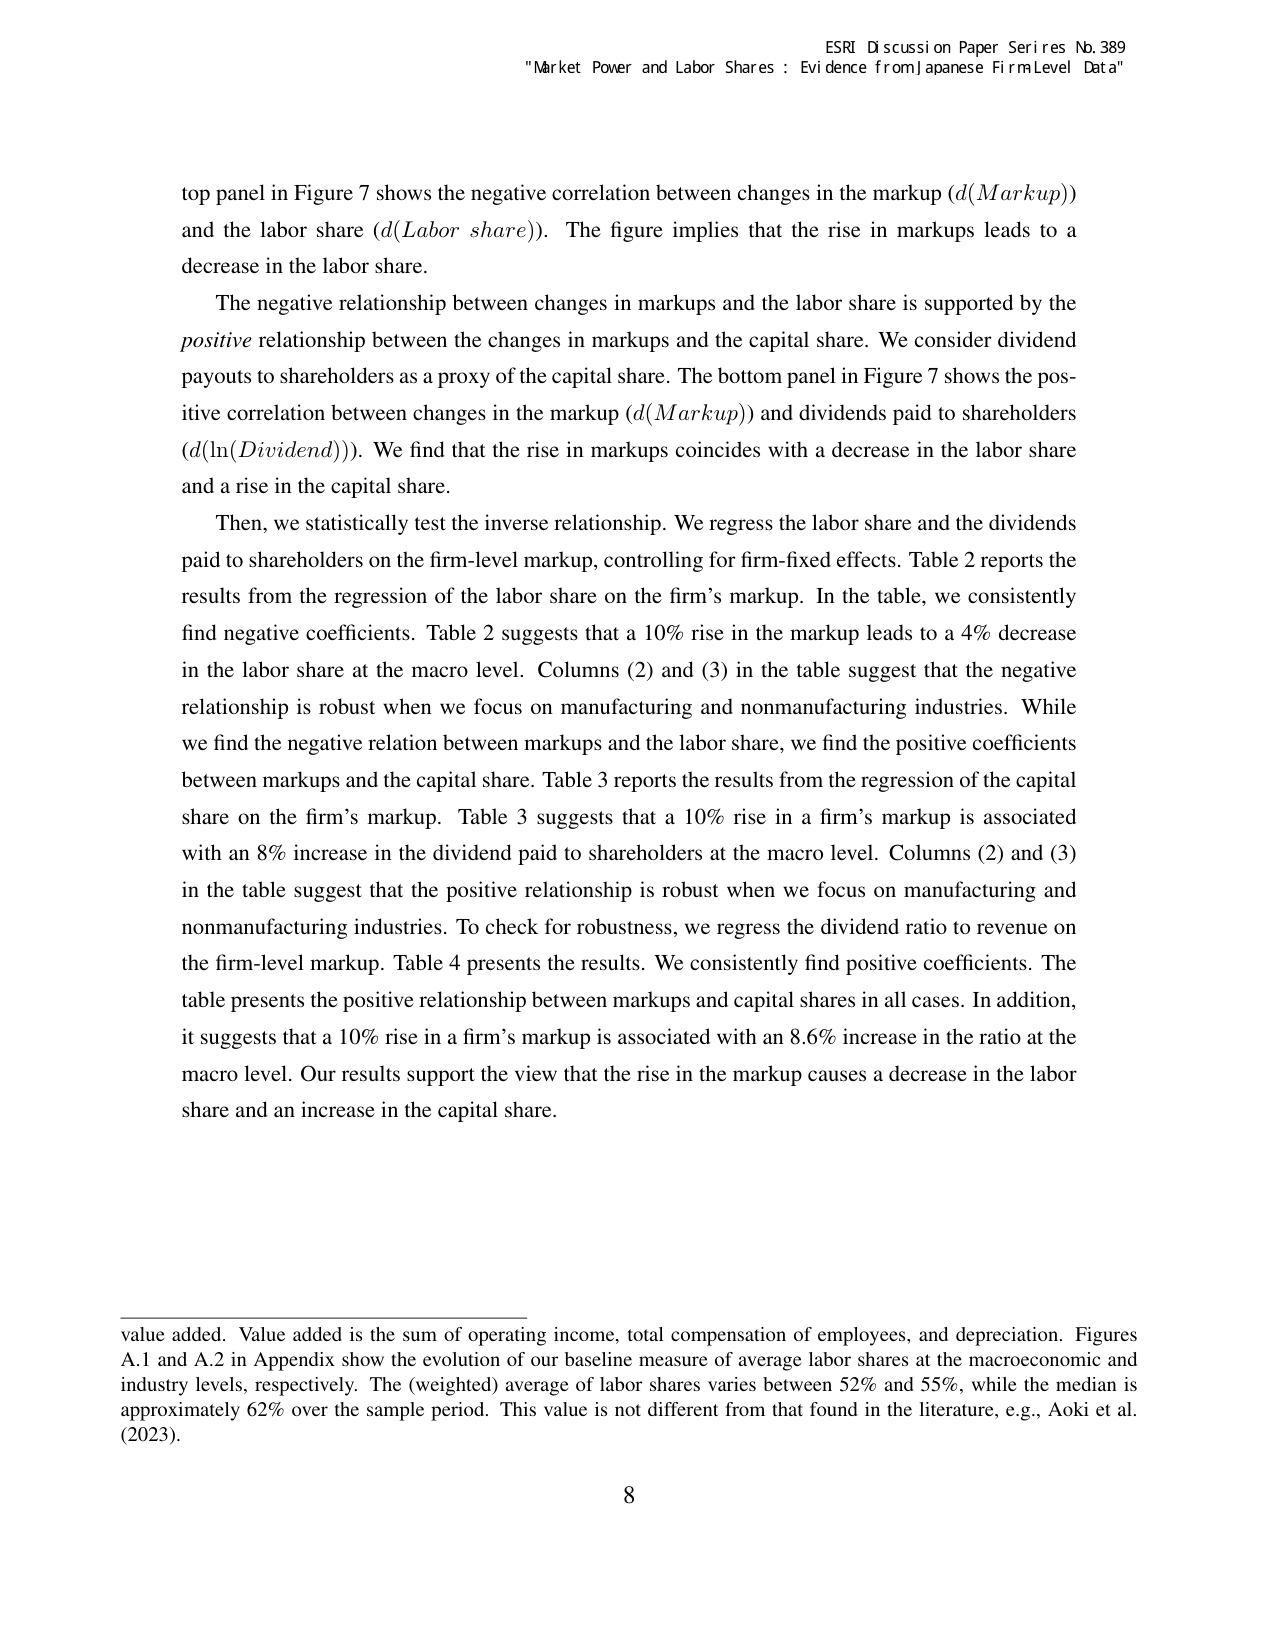
ESRI Discussion Paper Series No. 389
"Market Power and Labor Shares : Evidence from Japanese Firm Level Data"

top panel in Figure 7 shows the negative correlation between changes in the markup (d(Markup)) and the labor share (d(Labor share)). The figure implies that the rise in markups leads to a decrease in the labor share.

The negative relationship between changes in markups and the labor share is supported by the positive relationship between the changes in markups and the capital share. We consider dividend payouts to shareholders as a proxy of the capital share. The bottom panel in Figure 7 shows the positive correlation between changes in the markup (d(Markup)) and dividends paid to shareholders (d(ln(Dividend))). We find that the rise in markups coincides with a decrease in the labor share and a rise in the capital share.

Then, we statistically test the inverse relationship. We regress the labor share and the dividends paid to shareholders on the firm-level markup, controlling for firm-fixed effects. Table 2 reports the results from the regression of the labor share on the firm’s markup. In the table, we consistently find negative coefficients. Table 2 suggests that a 10% rise in the markup leads to a 4% decrease in the labor share at the macro level. Columns (2) and (3) in the table suggest that the negative relationship is robust when we focus on manufacturing and nonmanufacturing industries. While we find the negative relation between markups and the labor share, we find the positive coefficients between markups and the capital share. Table 3 reports the results from the regression of the capital share on the firm’s markup. Table 3 suggests that a 10% rise in a firm’s markup is associated with an 8% increase in the dividend paid to shareholders at the macro level. Columns (2) and (3) in the table suggest that the positive relationship is robust when we focus on manufacturing and nonmanufacturing industries. To check for robustness, we regress the dividend ratio to revenue on the firm-level markup. Table 4 presents the results. We consistently find positive coefficients. The table presents the positive relationship between markups and capital shares in all cases. In addition, it suggests that a 10% rise in a firm’s markup is associated with an 8.6% increase in the ratio at the macro level. Our results support the view that the rise in the markup causes a decrease in the labor share and an increase in the capital share.

value added. Value added is the sum of operating income, total compensation of employees, and depreciation. Figures A.1 and A.2 in Appendix show the evolution of our baseline measure of average labor shares at the macroeconomic and industry levels, respectively. The (weighted) average of labor shares varies between 52% and 55%, while the median is approximately 62% over the sample period. This value is not different from that found in the literature, e.g., Aoki et al. (2023).

8